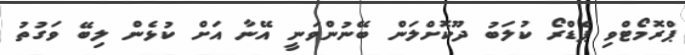
ޕްރޮމޯޓްވި ޕެޑްރޯ ކުލަބު ދޫކޮށްލަން ބޭނުންވަނީ އޭނާ އަށް ކުޅެން ލިބޭ ވަގުތު